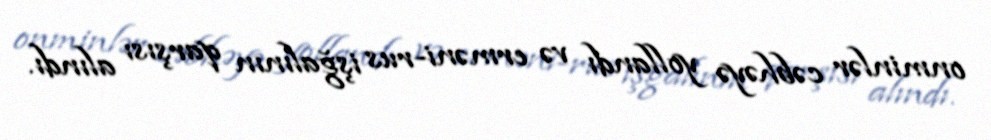
onminlər cəbhəyə yollandı və erməni-rus işğalının qarşısı alındı.